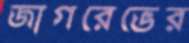
জাগরেভের